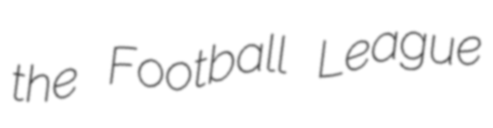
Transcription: the Football League